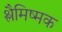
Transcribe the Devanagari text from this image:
श्लैमिष्मक